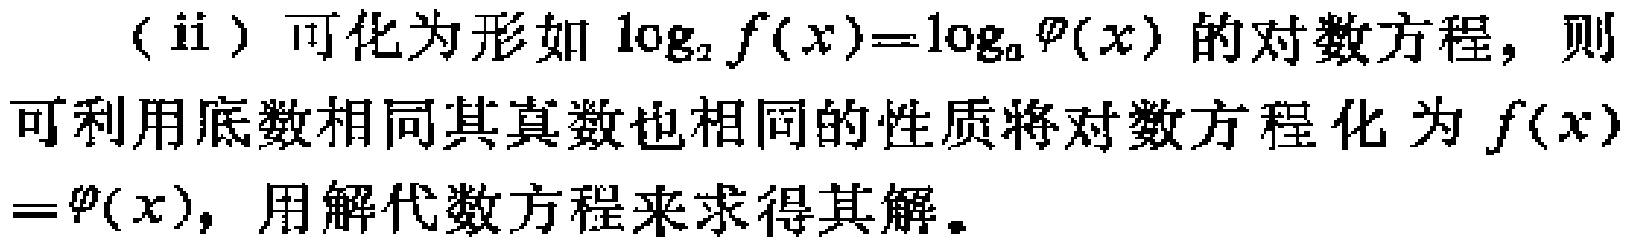
（ii）可化为形如\(\log_{2} f(x)=\log_{a} \varphi(x)\)的对数方程，则可利用底数相同其真数也相同的性质将对数方程化为\(f(x)=\varphi(x)\)，用解代数方程来求得其解。